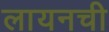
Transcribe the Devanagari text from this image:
लायनची